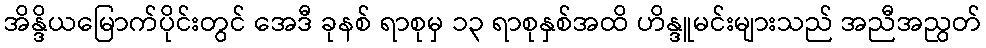
အိန္ဒိယမြောက်ပိုင်းတွင် အေဒီ ခုနစ် ရာစုမှ ၁၃ ရာစုနှစ်အထိ ဟိန္ဒူမင်းများသည် အညီအညွတ်